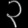
Digit: ၃